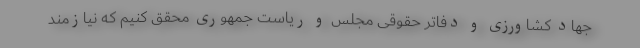
جهاد کشاورزی و دفاتر حقوقی مجلس و ریاست جمهوری محقق کنیم که نیازمند